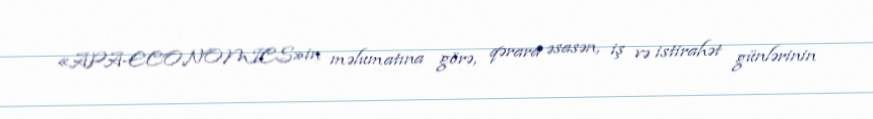
«APA-ECONOMICS»in məlumatına görə, qərara əsasən, iş və istirahət günlərinin